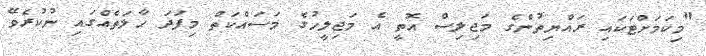
"މިކަމަށްޓަކައި ރައްޔިތުންގެ މަޖިލިސް އޮތީ އެ މަޖިލީހުގެ މަސައްކަތް މިފަދަ ހާލަތެއްގައި ނުކުރެވޭ